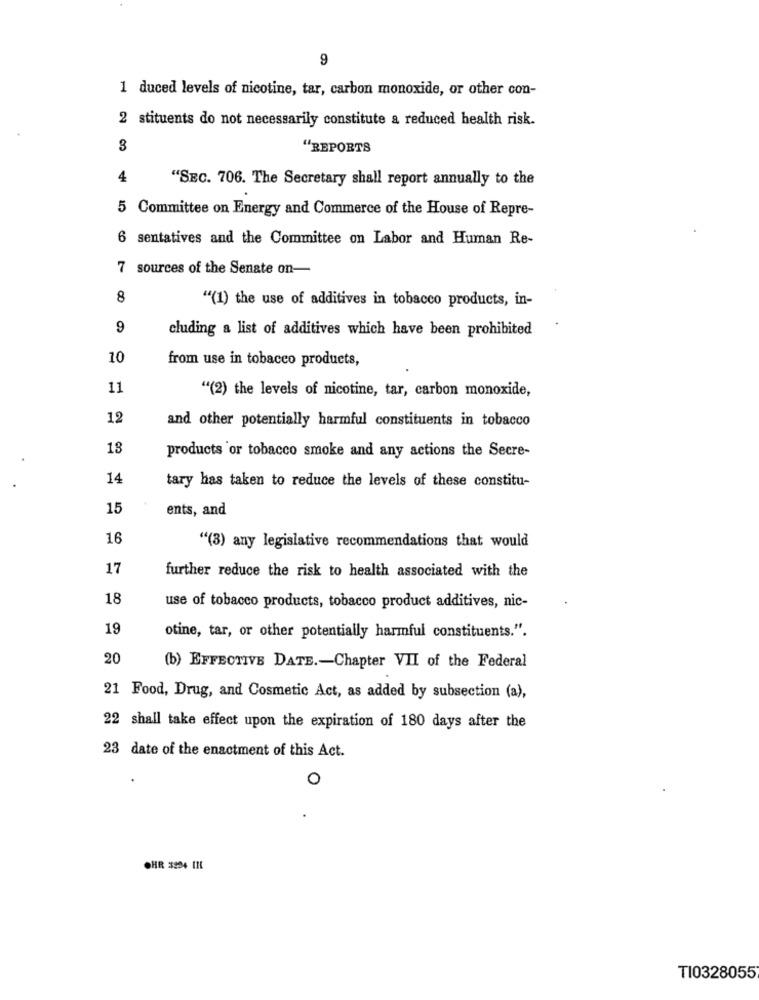
9
1 duced levels of nicotine, tar, carbon monoxide, or other con-
2 stituents do not necessarily constitute a reduced health risk.
"REPORTS
4
"SEC. 706. The Secretary shall report annually to the
5 Committee on Energy and Commerce of the House of Repre-
6 sentatives and the Committee on Labor and Human Re-
7 sources of the Senate on-
8
"(1) the use of additives in tobacco products, in-
9
cluding a list of additives which have been prohibited
10
from use in tobacco products,
11
"(2) the levels of nicotine, tar, carbon monoxide,
12
and other potentially harmful constituents in tobacco
18
products or tobacco smoke and any actions the Secre-
14
tary has taken to reduce the levels of these constitu-
15
ents, and
16
"(3) any legislative recommendations that would
17
further reduce the risk to health associated with the
18
use of tobacco products, tobacco product additives, nic-
19
otine, tar, or other potentially harmful constituents.".
20
(b) EFFECTIVE DATE. - Chapter VII of the Federal
21 Food, Drug, and Cosmetic Act, as added by subsection (a),
22 shall take effect upon the expiration of 180 days after the
23 date of the enactment of this Act.
o
CHR #234 11
TI0328055